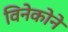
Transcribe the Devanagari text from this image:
विनेकोने